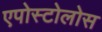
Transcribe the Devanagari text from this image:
एपोस्टोलोस